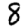
Digit: 8